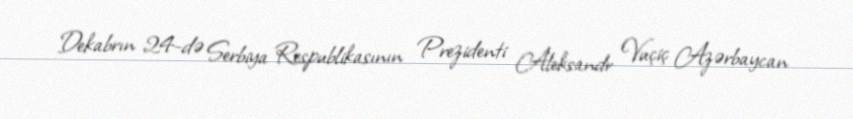
Dekabrın 24-də Serbiya Respublikasının Prezidenti Aleksandr Vuçiç Azərbaycan